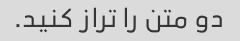
دو متن را تراز کنید.